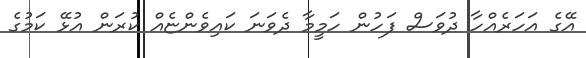
އޭގެ އަހަރެއްހާ ދުވަސް ފަހުން ހަމީމާ ދެވަނަ ކައިވެންޏެއް ކުރަން އުޅޭ ކަމުގެ